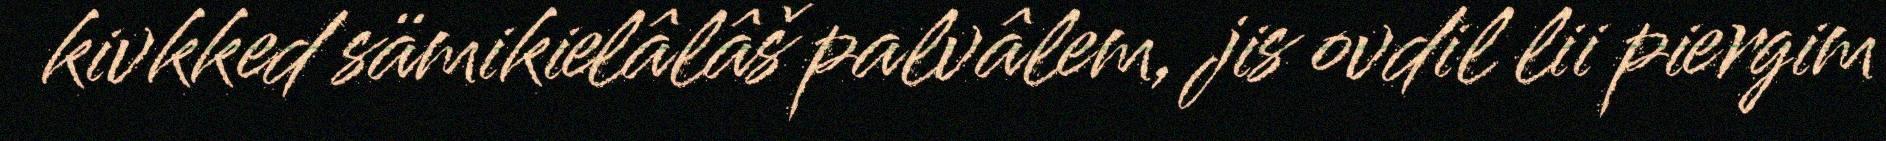
kivkked sämikielâlâš palvâlem, jis ovdil lii piergim